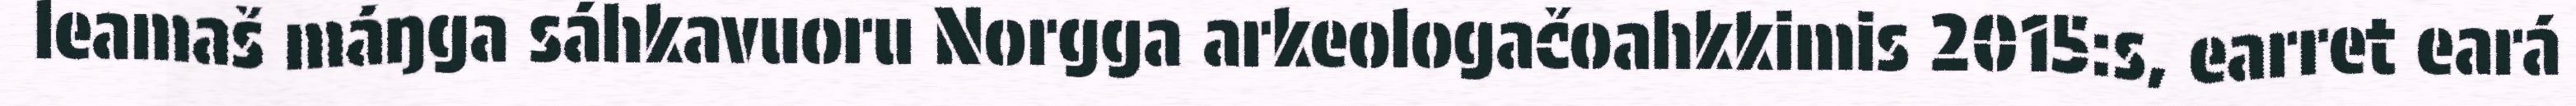
leamaš máŋga sáhkavuoru Norgga arkeologačoahkkimis 2015:s, earret eará